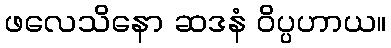
ဖလေသိနော ဆဒနံ ဝိပ္ပဟာယ။